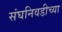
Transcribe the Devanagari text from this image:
संघनिवडीच्या